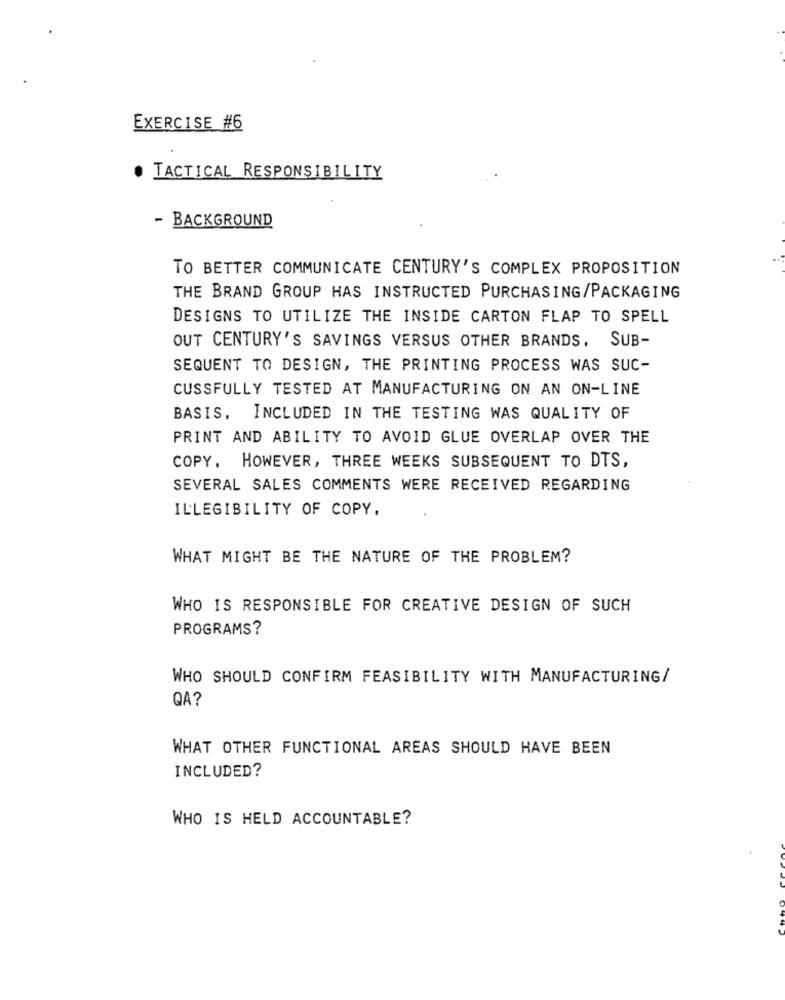
EXERCISE #6
TACTICAL RESPONSIBILITY
- BACKGROUND
TO BETTER COMMUNICATE CENTURY'S COMPLEX PROPOSITION
THE BRAND GROUP HAS INSTRUCTED PURCHASING/PACKAGING
DESIGNS TO UTILIZE THE INSIDE CARTON FLAP TO SPELL
OUT CENTURY'S SAVINGS VERSUS OTHER BRANDS. SUB-
SEQUENT TO DESIGN, THE PRINTING PROCESS WAS SUC-
CUSSFULLY TESTED AT MANUFACTURING ON AN ON-LINE
BASIS, INCLUDED IN THE TESTING WAS QUALITY OF
PRINT AND ABILITY TO AVOID GLUE OVERLAP OVER THE
COPY. HOWEVER, THREE WEEKS SUBSEQUENT TO DTS,
SEVERAL SALES COMMENTS WERE RECEIVED REGARDING
ILLEGIBILITY OF COPY.
WHAT MIGHT BE THE NATURE OF THE PROBLEM?
WHO IS RESPONSIBLE FOR CREATIVE DESIGN OF SUCH
PROGRAMS?
WHO SHOULD CONFIRM FEASIBILITY WITH MANUFACTURING/
QA?
WHAT OTHER FUNCTIONAL AREAS SHOULD HAVE BEEN
INCLUDED?
WHO IS HELD ACCOUNTABLE?